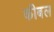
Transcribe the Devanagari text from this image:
कीबल